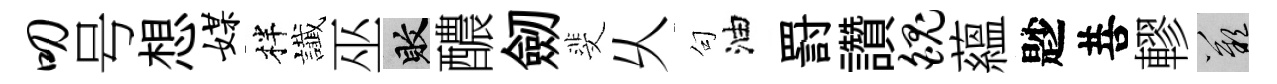
叨号想媒柈䜟巫敗醲劒斐乆句油罸讚魄蘊尟菩轇嘆